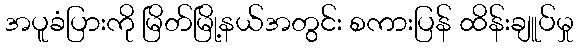
အပူခံပြားကို မြိတ်မြို့နယ်အတွင်း စကားပြန် ထိန်းချူပ်မှု